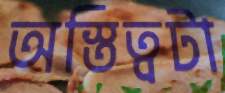
অস্তিত্বটা